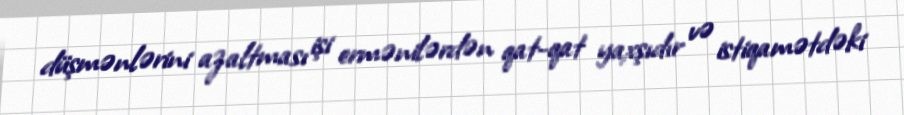
düşmənlərini azaltması işi ermənilərdən qat-qat yaxşıdır və istiqamətdəki